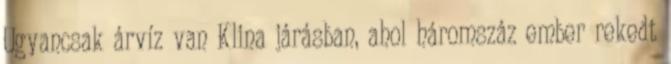
Ugyancsak árvíz van Klina járásban, ahol háromszáz ember rekedt